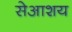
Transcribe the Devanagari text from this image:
सेआशय